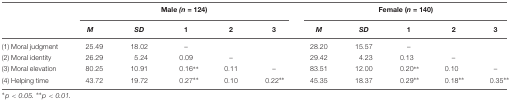
<table><thead><tr><td></td><td colspan="5"><b>Male <i>(n</i> = 124)</b></td><td colspan="5"><b>Female (<i>n</i> = 140)</b></td></tr><tr><td></td><td><b><i>M</i></b></td><td><b><i>SD</i></b></td><td><b>1</b></td><td><b>2</b></td><td><b>3</b></td><td><b><i>M</i></b></td><td><b><i>SD</i></b></td><td><b>1</b></td><td><b>2</b></td><td><b>3</b></td></tr></thead><tbody><tr><td>(1) Moral judgment</td><td>25.49</td><td>18.02</td><td>–</td><td></td><td></td><td>28.20</td><td>15.57</td><td>–</td><td></td><td></td></tr><tr><td>(2) Moral identity</td><td>26.29</td><td>5.24</td><td>0.09</td><td>–</td><td></td><td>29.42</td><td>4.23</td><td>0.13</td><td>–</td><td></td></tr><tr><td>(3) Moral elevation</td><td>80.25</td><td>10.91</td><td>0.16**</td><td>0.11</td><td>–</td><td>83.51</td><td>12.00</td><td>0.20**</td><td>0.10</td><td>–</td></tr><tr><td>(4) Helping time</td><td>43.72</td><td>19.72</td><td>0.27**</td><td>0.10</td><td>0.22**</td><td>45.35</td><td>18.37</td><td>0.29**</td><td>0.18**</td><td>0.35**</td></tr></tbody></table>